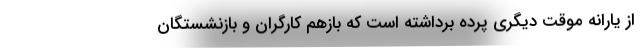
از یارانه موقت دیگری پرده برداشته است که بازهم کارگران و بازنشستگان